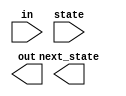
// The following is the state transition table for a Moore state machine with one input, one output, and four states. Use the following state encoding: A=2'b00, B=2'b01, C=2'b10, D=2'b11.

// Implement only the state transition logic and output logic (the combinational logic portion) for this state machine. Given the current state (state), compute the next_state and output (out) based on the state transition table.

//	 	 	  Next state

//	State					Output
//			in=0	in=1
//	A		A		B		0
//	B		C		B		0
//	C		A		D		0
//	D		C		B		1

module top_module(
    input in,
    input [1:0] state,
    output [1:0] next_state,
    output out); //

    parameter A=0, B=1, C=2, D=3;

    // Insert your code below

    // State transition logic: next_state = f(state, in)

    // Output logic:  out = f(state) for a Moore state machine

endmodule